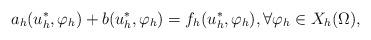
LaTeX: \begin{align*}a_{h}(u_h^*,\varphi_h)+ b(u_h^*,\varphi_h)=f_{h}(u_h^*,\varphi_h),\forall \varphi_h \in X_h(\Omega),\end{align*}